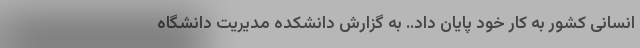
انسانی کشور به کار خود پایان داد.. به گزارش دانشکده مدیریت دانشگاه